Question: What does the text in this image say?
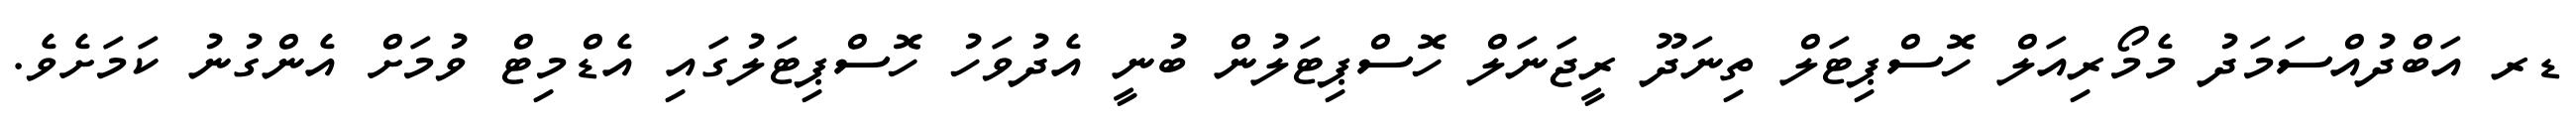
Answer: ޑރ އަބްދުއްސަމަދު މެމޯރިއަލް ހޮސްޕިޓަލް ތިނަދޫ ރީޖަނަލް ހޮސްޕިޓަލުން ބުނީ އެދުވަހު ހޮސްޕިޓަލުގައި އެޑްމިޓް ވުމަށް އެންގުނު ކަމަށެވެ.